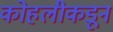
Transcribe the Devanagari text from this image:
कोहलीकडून